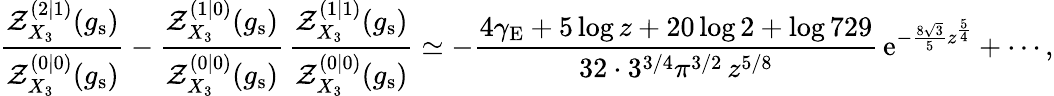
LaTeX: \frac{\mathcal{Z}_{X_{3}}^{(2|1)}(g_{\mathrm{s}})}{\mathcal{Z}_{X_{3}}^{(0|0)}(g_{\mathrm{s}})}-\frac{\mathcal{Z}_{X_{3}}^{(1|0)}(g_{\mathrm{s}})}{\mathcal{Z}_{X_{3}}^{(0|0)}(g_{\mathrm{s}})}\, \frac{\mathcal{Z}_{X_{3}}^{(1|1)}(g_{\mathrm{s}})}{\mathcal{Z}_{X_{3}}^{(0|0)}(g_{\mathrm{s}})}\simeq-\frac{4\gamma_{\mathrm{E}}+5\log z+20\log 2+\log 729}{32\cdot 3^{3/4}\pi^{3/2}\, z^{5/8}}\, {\mathrm{e}}^{-\frac{8\sqrt{3}}{5}z^{\frac{5}{4}}}+\cdots,